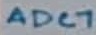
Text: ADC7